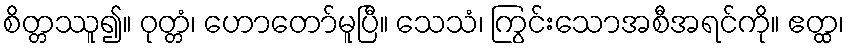
စိတ္တဿူ၍။ ဝုတ္တံ၊ ဟောတော်မူပြီ။ သေသံ၊ ကြွင်းသောအစီအရင်ကို။ ဧတ္ထ၊